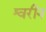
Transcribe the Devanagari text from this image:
श्वरीन